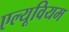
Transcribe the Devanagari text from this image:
एल्यूवियम